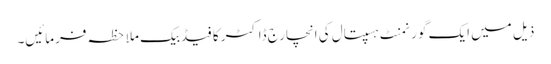
ذیل میں ایک گورنمنٹ ہسپتال کی انچارج ڈاکٹر کا فیڈبیک ملاحظہ فرمائیں۔